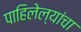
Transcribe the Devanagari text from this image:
पाहिलेल्यांचा